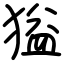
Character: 獈